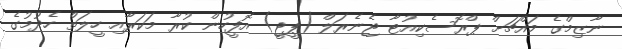
ނާޒިމްގެ މައްޗަށް ޕްރޮސެކިއުޓާ ޖެނެރަލް (ޕީޖީ) އޮފީހުން ކުރާ މަކަރާއި ހީލަތް ހެދުމުގެ